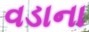
વડાના